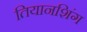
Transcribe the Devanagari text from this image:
तियानशिंग